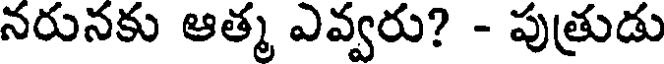
నరునకు ఆత్మ ఎవ్వరు? - పుత్రుడు